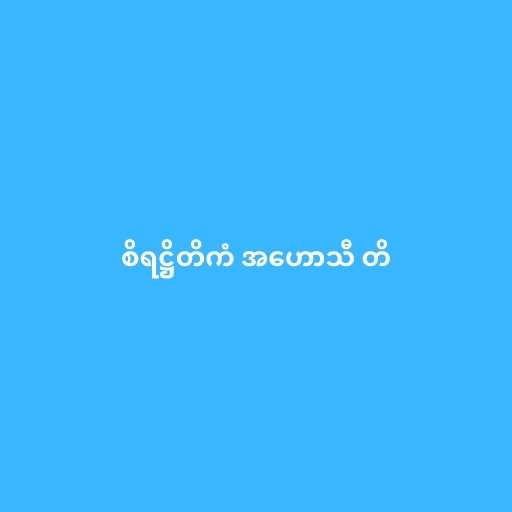
စိရဋ္ဌိတိကံ အဟောသီ တိ